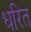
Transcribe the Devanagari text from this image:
धरित